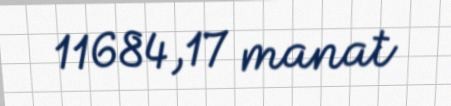
11684,17 manat